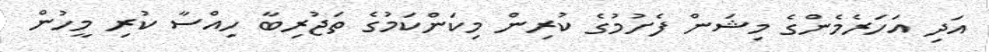
އަދި އަހަރެމެންގެ މިޝަން ފެށުމުގެ ކުރިން މިކަންކަމުގެ ތަޖުރިބާ ހިއްސާ ކުރި މީހުން